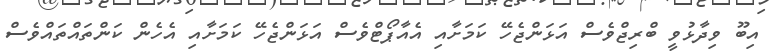
އިބޫ ވިދާޅުވީ ބްރިޖްވެސް އަޅަންޖެހޭ ކަމަށާއި އެއާޕޯޓްވެސް އަޅަންޖެހޭ ކަމަށާއި އެހެން ކަންތައްތައްވެސް